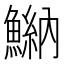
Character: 𩹾